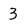
Character: 3